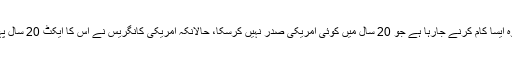
وہ کہتا ہے کہ وہ ایسا کام کرنے جارہا ہے جو 20 سال میں کوئی امریکی صدر نہیں کرسکا، حالانکہ امریکی کانگریس نے اس کا ایکٹ 20 سال پہلے پاس کیا تھا۔